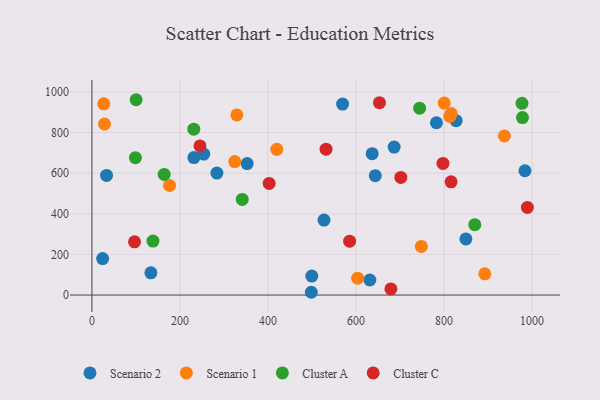
{"axis": {"x": "Speed", "y": "Exam Score"}, "legend": ["Cluster A", "Cluster C", "Scenario 1", "Scenario 2"], "data": [{"x": "24.3", "y": 179.6, "type": "Scenario 2"}, {"x": "631.6", "y": 74.1, "type": "Scenario 2"}, {"x": "284.0", "y": 600.2, "type": "Scenario 2"}, {"x": "498.6", "y": 13.6, "type": "Scenario 2"}, {"x": "254.1", "y": 693.8, "type": "Scenario 2"}, {"x": "527.4", "y": 368.9, "type": "Scenario 2"}, {"x": "569.6", "y": 939.8, "type": "Scenario 2"}, {"x": "499.7", "y": 93.3, "type": "Scenario 2"}, {"x": "984.1", "y": 611.7, "type": "Scenario 2"}, {"x": "352.8", "y": 647.0, "type": "Scenario 2"}, {"x": "782.9", "y": 847.9, "type": "Scenario 2"}, {"x": "827.7", "y": 858.1, "type": "Scenario 2"}, {"x": "686.8", "y": 728.1, "type": "Scenario 2"}, {"x": "849.9", "y": 276.3, "type": "Scenario 2"}, {"x": "134.0", "y": 109.5, "type": "Scenario 2"}, {"x": "33.2", "y": 588.7, "type": "Scenario 2"}, {"x": "643.9", "y": 587.2, "type": "Scenario 2"}, {"x": "636.8", "y": 695.5, "type": "Scenario 2"}, {"x": "231.7", "y": 676.2, "type": "Scenario 2"}, {"x": "800.6", "y": 944.4, "type": "Scenario 1"}, {"x": "816.6", "y": 893.1, "type": "Scenario 1"}, {"x": "28.6", "y": 841.6, "type": "Scenario 1"}, {"x": "329.4", "y": 886.4, "type": "Scenario 1"}, {"x": "420.1", "y": 717.2, "type": "Scenario 1"}, {"x": "937.4", "y": 783.0, "type": "Scenario 1"}, {"x": "176.3", "y": 539.3, "type": "Scenario 1"}, {"x": "26.9", "y": 940.9, "type": "Scenario 1"}, {"x": "324.6", "y": 656.8, "type": "Scenario 1"}, {"x": "603.9", "y": 83.1, "type": "Scenario 1"}, {"x": "813.3", "y": 879.0, "type": "Scenario 1"}, {"x": "748.6", "y": 239.2, "type": "Scenario 1"}, {"x": "892.8", "y": 104.3, "type": "Scenario 1"}, {"x": "977.4", "y": 943.2, "type": "Cluster A"}, {"x": "164.2", "y": 593.4, "type": "Cluster A"}, {"x": "341.6", "y": 470.3, "type": "Cluster A"}, {"x": "870.1", "y": 346.3, "type": "Cluster A"}, {"x": "100.4", "y": 961.1, "type": "Cluster A"}, {"x": "978.5", "y": 873.2, "type": "Cluster A"}, {"x": "138.7", "y": 265.6, "type": "Cluster A"}, {"x": "231.5", "y": 816.4, "type": "Cluster A"}, {"x": "744.7", "y": 919.6, "type": "Cluster A"}, {"x": "98.8", "y": 675.9, "type": "Cluster A"}, {"x": "816.2", "y": 556.9, "type": "Cluster C"}, {"x": "653.5", "y": 946.5, "type": "Cluster C"}, {"x": "585.6", "y": 264.9, "type": "Cluster C"}, {"x": "402.7", "y": 549.2, "type": "Cluster C"}, {"x": "96.8", "y": 262.1, "type": "Cluster C"}, {"x": "989.6", "y": 431.1, "type": "Cluster C"}, {"x": "679.4", "y": 29.9, "type": "Cluster C"}, {"x": "532.0", "y": 717.8, "type": "Cluster C"}, {"x": "797.8", "y": 647.6, "type": "Cluster C"}, {"x": "245.5", "y": 733.9, "type": "Cluster C"}, {"x": "702.0", "y": 578.6, "type": "Cluster C"}]}